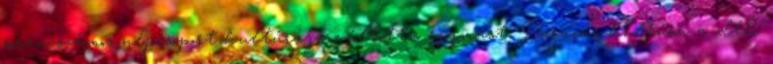
során számos népcsoport kultúrája váltotta egymást: Paracas-kultúra a déli